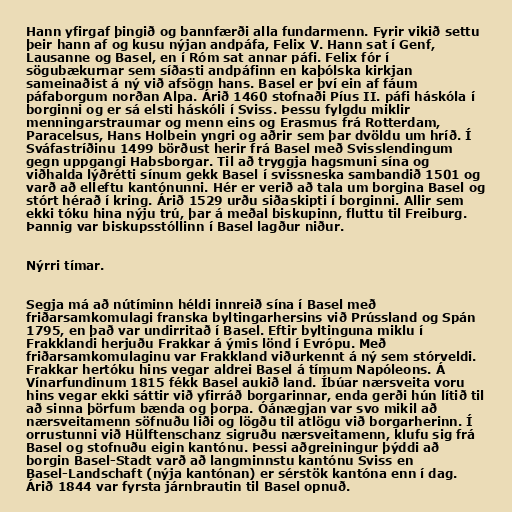
Hann yfirgaf þingið og bannfærði alla fundarmenn. Fyrir vikið settu
þeir hann af og kusu nýjan andpáfa, Felix V. Hann sat í Genf,
Lausanne og Basel, en í Róm sat annar páfi. Felix fór í
sögubækurnar sem síðasti andpáfinn en kaþólska kirkjan
sameinaðist á ný við afsögn hans. Basel er því ein af fáum
páfaborgum norðan Alpa. Árið 1460 stofnaði Píus II. páfi háskóla í
borginni og er sá elsti háskóli í Sviss. Þessu fylgdu miklir
menningarstraumar og menn eins og Erasmus frá Rotterdam,
Paracelsus, Hans Holbein yngri og aðrir sem þar dvöldu um hríð. Í
Sváfastríðinu 1499 börðust herir frá Basel með Svisslendingum
gegn uppgangi Habsborgar. Til að tryggja hagsmuni sína og
viðhalda lýðrétti sínum gekk Basel í svissneska sambandið 1501 og
varð að elleftu kantónunni. Hér er verið að tala um borgina Basel og
stórt hérað í kring. Árið 1529 urðu siðaskipti í borginni. Allir sem
ekki tóku hina nýju trú, þar á meðal biskupinn, fluttu til Freiburg.
Þannig var biskupsstóllinn í Basel lagður niður.

Nýrri tímar.

Segja má að nútíminn héldi innreið sína í Basel með
friðarsamkomulagi franska byltingarhersins við Prússland og Spán
1795, en það var undirritað í Basel. Eftir byltinguna miklu í
Frakklandi herjuðu Frakkar á ýmis lönd í Evrópu. Með
friðarsamkomulaginu var Frakkland viðurkennt á ný sem stórveldi.
Frakkar hertóku hins vegar aldrei Basel á tímum Napóleons. Á
Vínarfundinum 1815 fékk Basel aukið land. Íbúar nærsveita voru
hins vegar ekki sáttir við yfirráð borgarinnar, enda gerði hún lítið til
að sinna þörfum bænda og þorpa. Óánægjan var svo mikil að
nærsveitamenn söfnuðu liði og lögðu til atlögu við borgarherinn. Í
orrustunni við Hülftenschanz sigruðu nærsveitamenn, klufu sig frá
Basel og stofnuðu eigin kantónu. Þessi aðgreiningur þýddi að
borgin Basel-Stadt varð að langminnstu kantónu Sviss en
Basel-Landschaft (nýja kantónan) er sérstök kantóna enn í dag.
Árið 1844 var fyrsta járnbrautin til Basel opnuð.